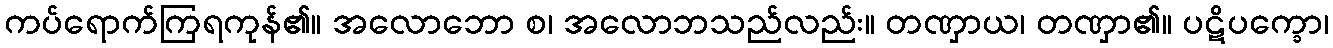
ကပ်ရောက်ကြရကုန်၏။ အလောဘော စ၊ အလောဘသည်လည်း။ တဏှာယ၊ တဏှာ၏။ ပဋိပက္ခော၊